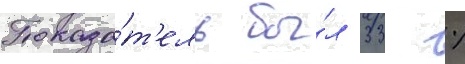
Показа́т'ель бы́л 33 %